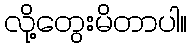
လို့တွေးမိတာပါ။